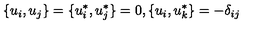
\{ u _ { i } , u _ { j } \} = \{ u _ { i } ^ { * } , u _ { j } ^ { * } \} = 0 , \{ u _ { i } , u _ { k } ^ { * } \} = - \delta _ { i j }